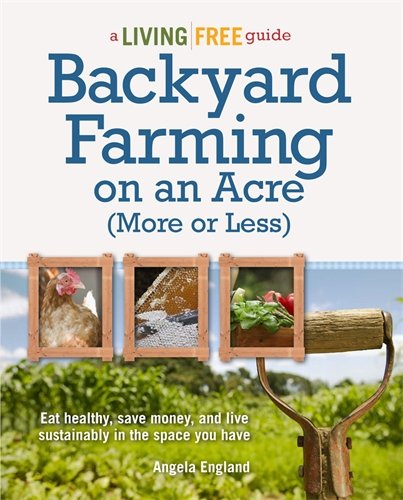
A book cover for Backyard Farming on an Acre (More or Less) (Living Free Guides); Angela England; Science & Math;